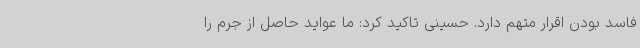
فاسد بودن اقرار متهم دارد. حسینی تاکید کرد: ما عواید حاصل از جرم را